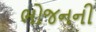
ભોજનની